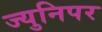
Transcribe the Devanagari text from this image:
ज्युनिपर